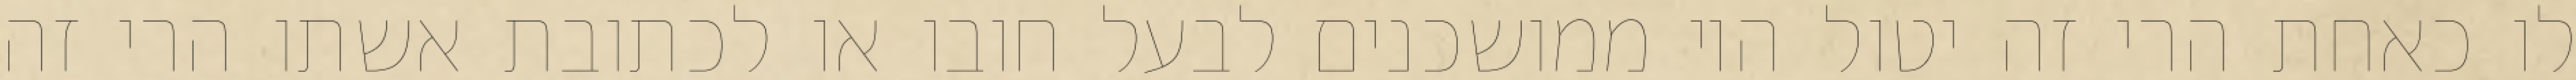
לו כאחת הרי זה יטול היו ממושכנים לבעל חובו או לכתובת אשתו הרי זה